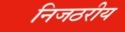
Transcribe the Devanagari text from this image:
निजठरीय